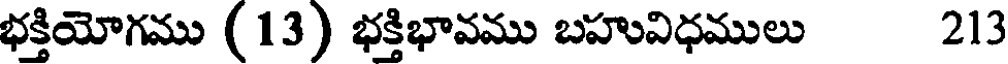
భక్తియోగము (13) భక్తిభావము బహువిధములు 213